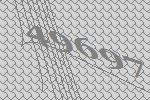
49697